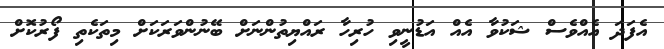
އެފަދަ އެއްވެސް ޝަކުވާ އެއް އަޑުނީވި ހުރިހާ ރައްޔިތުންނަށް ބޭނުންވަރަކަށް މިތަކެތި ފޯރުކޮށް